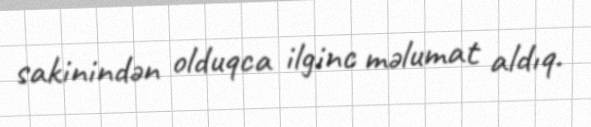
sakinindən olduqca ilginc məlumat aldıq.